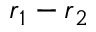
\boldsymbol { r } _ { 1 } - \boldsymbol { r } _ { 2 }